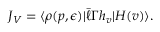
J _ { V } = \langle \rho ( p , \epsilon ) | \bar { \ell } \Gamma h _ { v } | H ( v ) \rangle .